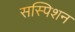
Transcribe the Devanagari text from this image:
सस्पिशन